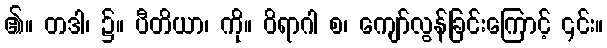
၏။ တဒါ၊ ၌။ ပီတိယာ၊ ကို။ ဝိရာဂါ စ၊ ကျော်လွန်ခြင်းကြောင့် ၎င်း။